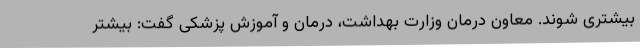
بیشتری شوند. معاون درمان وزارت بهداشت، درمان و آموزش پزشکی گفت: بیشتر